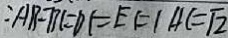
: A B - B l = D l = E F / A C = \sqrt { 2 }